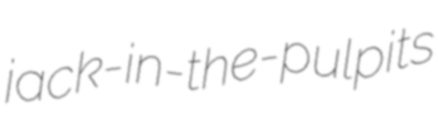
jack-in-the-pulpits